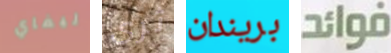
ليفاي ثرى بريندان فوائد